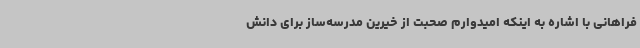
فراهانی با اشاره به اینکه امیدوارم صحبت از خیرین مدرسه‌ساز برای دانش